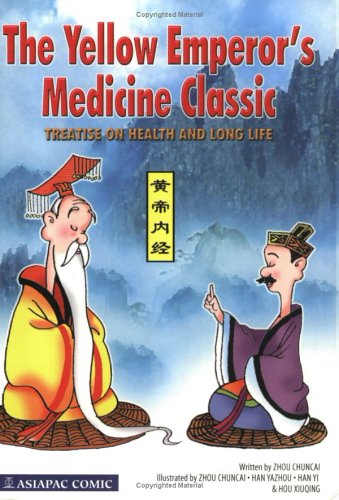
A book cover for The Yellow Emperor's Medicine Classic: Treatise on Health & Long Life; Zhou Chuncai; Health, Fitness & Dieting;